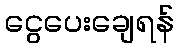
ငွေပေးချေရန်